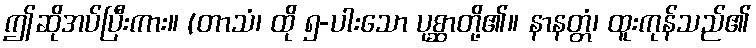
ဤဆိုအပ်ပြီးကား။ (တာသံ၊ ထို ၅-ပါးသော ပုစ္ဆာတို့၏။ နာနတ္တံ၊ ထူးကုန်သည်၏